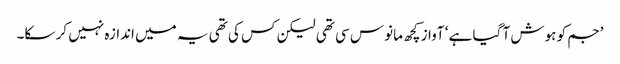
’جم کو ہوش آ گیا ہے ‘ آواز کچھ مانوس سی تھی لیکن کس کی تھی یہ میں اندازہ نہیں کر سکا۔